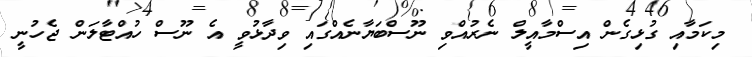
މިކަމާއި ގުޅިގެން އިސްމާއީލް ނެރުއްވި ނޫސްބަޔާނެއްގައި ވިދާޅުވީ އެ ނޫސް ހުއްޓާލަން ޖެހުނީ